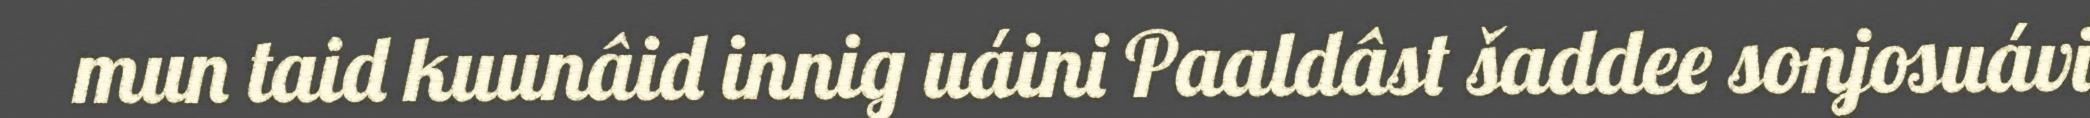
mun taid kuunâid innig uáini Paaldâst šaddee sonjosuávi